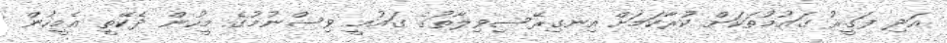
އަދި ފަގީރު ގައުމުތަކަށް ކުރާކަމަށް އިނގިރޭސިވިލާތުގެ ގައުމީ ވިސްނުމުގެ މީހުން ދެކޭތީ އެމީހުން